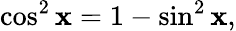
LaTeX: \cos^{2}\mathbf{x}=1-\sin^{2}\mathbf{x},